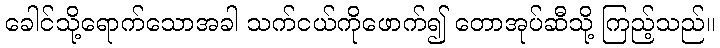
ခေါင်သို့ရောက်သောအခါ သက်ငယ်ကိုဖောက်၍ တောအုပ်ဆီသို့ ကြည့်သည်။